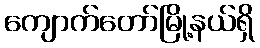
ကျောက်တော်မြို့နယ်ရှိ